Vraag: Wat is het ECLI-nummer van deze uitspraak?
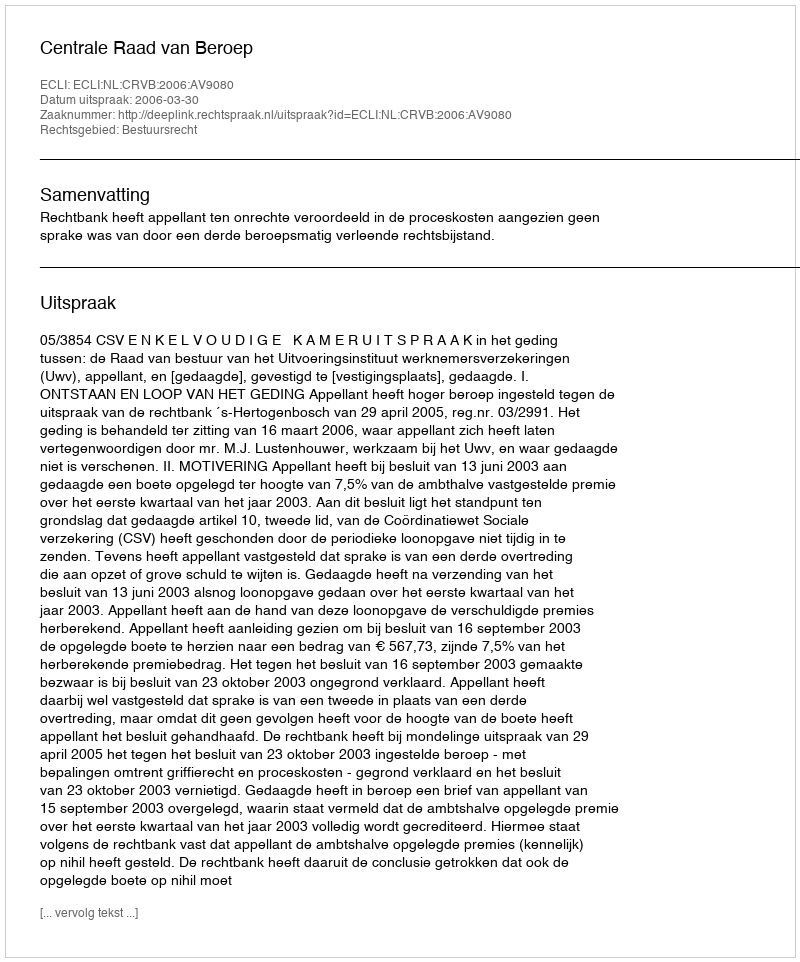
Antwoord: ECLI:NL:CRVB:2006:AV9080